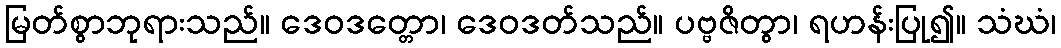
မြတ်စွာဘုရားသည်။ ဒေဝဒတ္တော၊ ဒေဝဒတ်သည်။ ပဗ္ဗဇိတွာ၊ ရဟန်းပြု၍။ သံဃံ၊